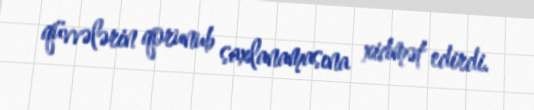
qüvvələrin qorunub saxlanamasına xidmət edirdi.